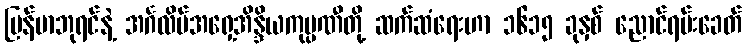
မြန်မာဘုရင်နဲ့ အင်္ဂလိပ်အရှေ့အိန္ဒိယကုမ္ပဏီတို့ ဆက်ဆံရေးဟာ ၁၆၁၅ ခုနှစ် ညောင်ရမ်းခေတ်